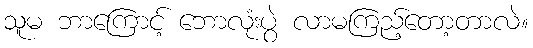
သူမ ဘာကြောင့် ဘောလုံးပွဲ လာမကြည့်တော့တာလဲ။